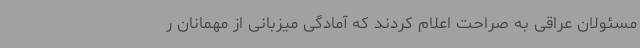
مسئولان عراقی به صراحت اعلام کردند که آمادگی میزبانی از مهمانان ر